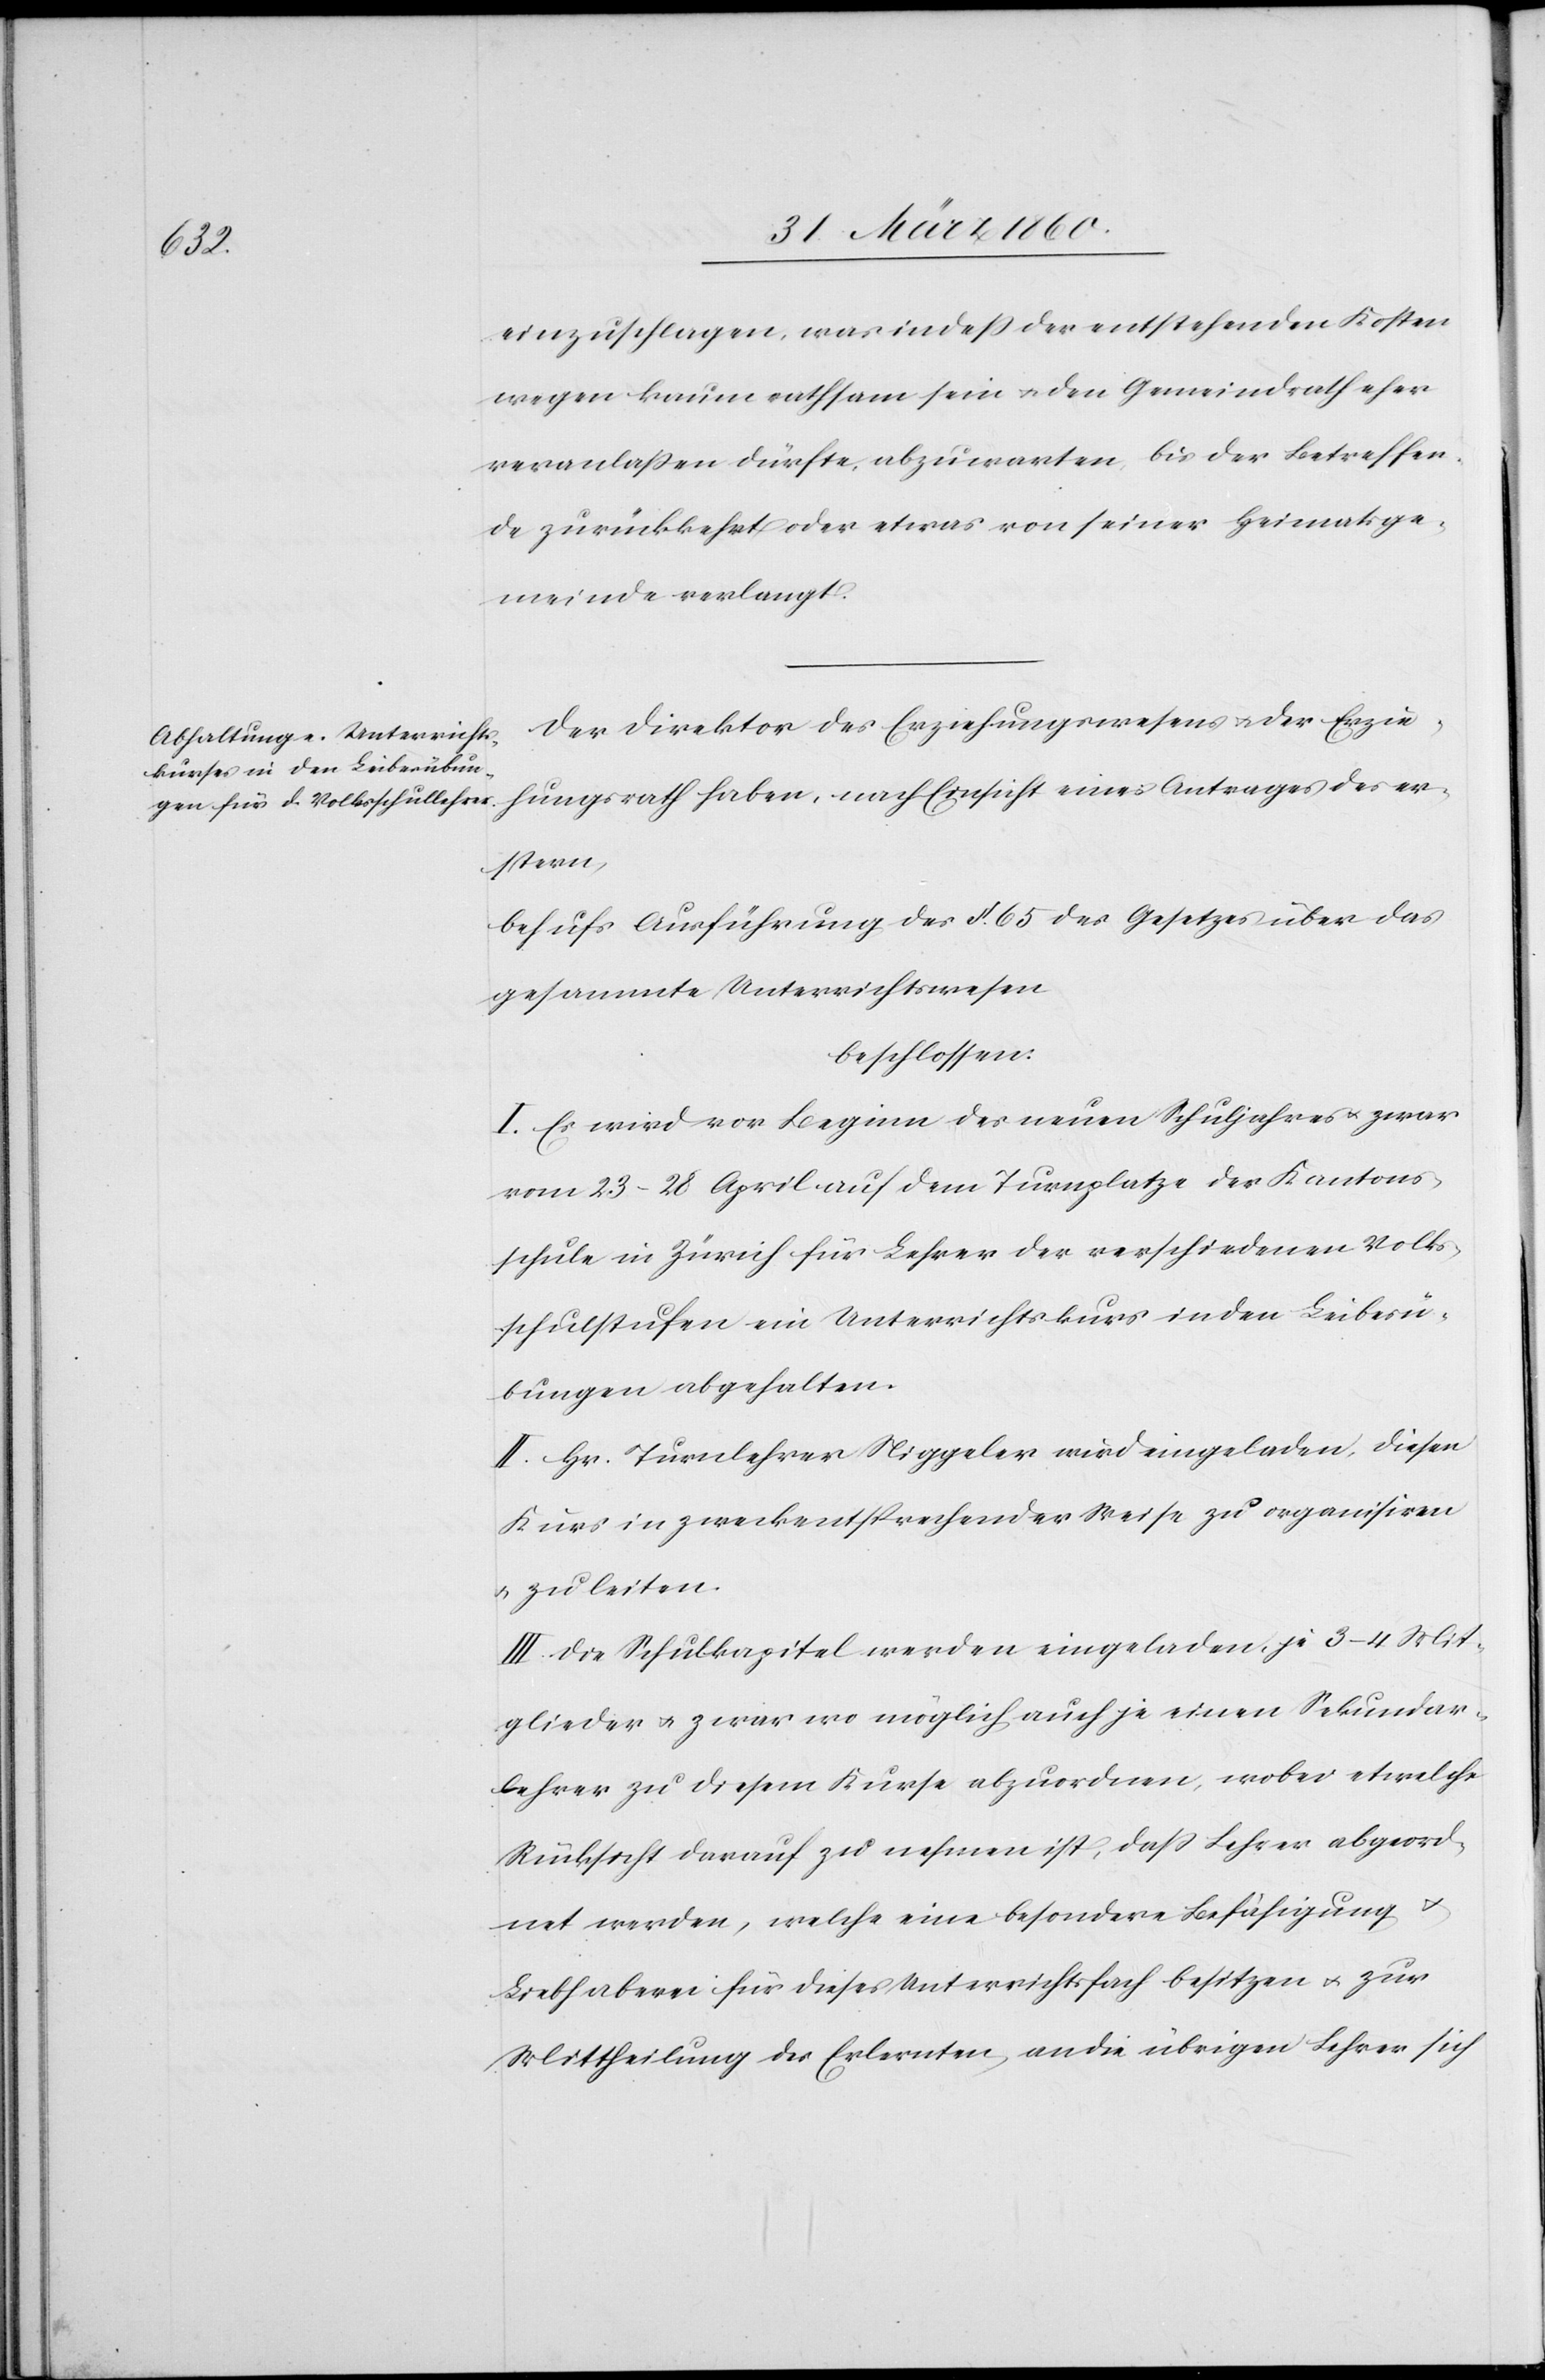
u.

einzuschlagen, was indesse der entstehenden Kosten
wegen kaum rathsam sein u. den Gemeindrath eher
veranlassen dürfte, abzuwarten, bis der Betreffen¬
de zurückkehrt oder etwas von seiner Heimatsge¬
meinde verlangt.
Der Direktor des Erziehungswesens u. der Erzie¬
hungsrath haben, nach Einsicht eines Antrages des er¬
stern,
behufs Ausführung des §. 65. des Gesetzes über das
gesammte Unterrichtswesen
beschlossen:
I. Es wird vor Beginn des neuen Schuljahres u. zwar
vom 23–28 April auf dem Turnplatze der Kantons¬
schule in Zürich für Lehrer der verschiedenen Volks¬
schulstufen ein Unterrichtskurs in den Leibesü¬
bungen abgehalten.
II. Hr. Turnlehrer Niggeler wird eingeladen, diesen
Kurs in zweckentsprechender Weise zu organisiren
u. zu leiten.
III. Die Schulkapitel werden eingeladen, je 3–4 Mit¬
glieder u. zwar wo möglich auch je einen Sekundar¬
lehrer zu diesem Kurse abzuordnen, wobei etwelche
Rücksicht darauf zu nehmen ist, dass Lehrer abgeord¬
net werden welche eine besondere Befähigung
Liebhaberei für dieses Unterrichtsfach besitzen u. zur
Mittheilung des Erlernten an die übrigen Lehrer sich